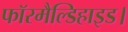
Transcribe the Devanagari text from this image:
फॉरमैल्डिहाइड।